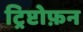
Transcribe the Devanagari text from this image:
ट्रिप्टोफ़न